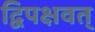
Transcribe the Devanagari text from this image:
द्विपक्षवत्‌